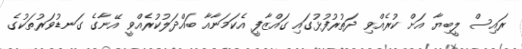
ރައިސް ލީބިޔާ އަށް ކުރެއްވި ދަތުރުފުޅުގައި ގައްޒާފީ އެކަމަނާއާ ބައްދަލުކުރެއްވީ އޭނާގެ ގަނޑުވަރުތަކުގެ